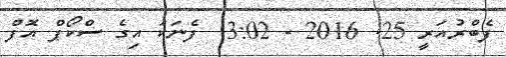
ފެބްރުއަރީ 25